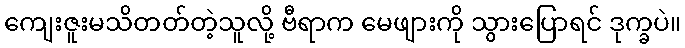
ကျေးဇူးမသိတတ်တဲ့သူလို့ ဗီရာက မေဖျားကို သွားပြောရင် ဒုက္ခပဲ။